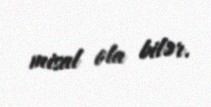
misal ola bilər.